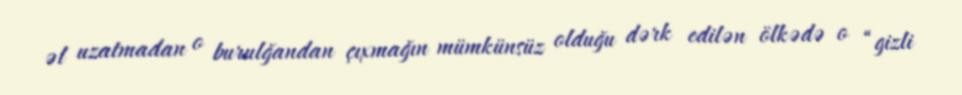
əl uzatmadan o burulğandan çıxmağın mümkünsüz olduğu dərk edilən ölkədə o “gizli